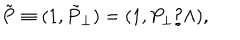
\tilde { \bf P } \equiv ( 1 , \tilde { P } _ { \perp } ) = ( 1 , P _ { \perp } / \Lambda ) ,